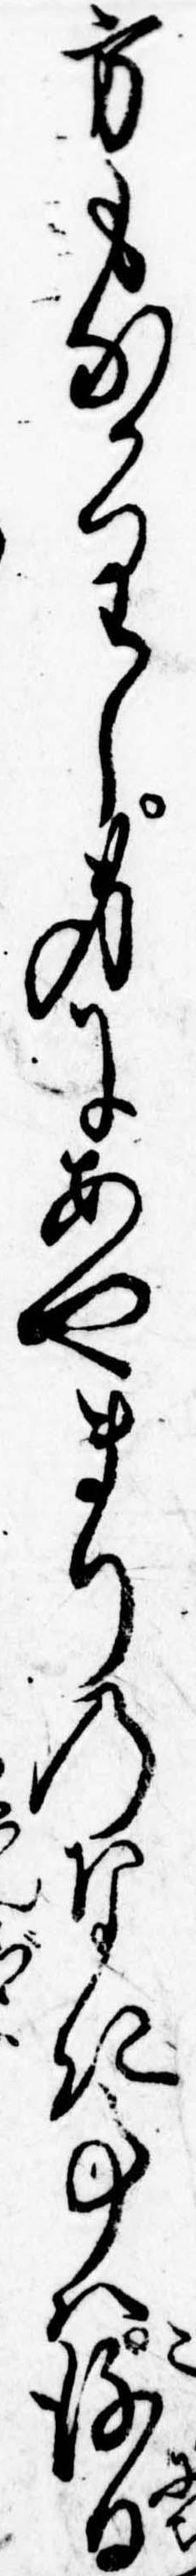
方もなかりし身にあやまりのなき事は後日